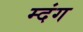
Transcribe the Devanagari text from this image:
म्दंग